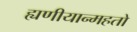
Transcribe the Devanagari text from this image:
ह्यणीयान्महतो